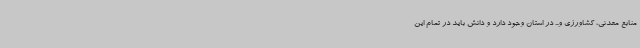
منابع معدنی، کشاورزی و... در استان وجود دارد و دانش باید در تمام این